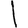
Digit: 1